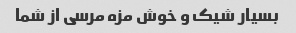
بسیار شیک و خوش مزه مرسی از شما